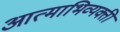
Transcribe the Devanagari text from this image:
आत्माभिव्यक्ती